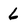
Character: 6